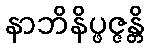
နာဘိနိပ္ဖဇ္ဇန္တိ